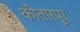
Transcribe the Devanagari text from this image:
कीतारपुर